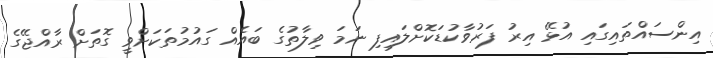
އިންސައްތައިގައި އުޅޭ އިރު ފަރުވާކުޑަކޮށްލައިފި ނަމަ ވިލާތުގެ ބައެއް ގައުމުތަކަށްވީ ގޮތަށް ރާއްޖޭގެ